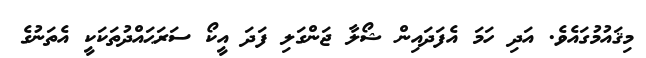
މިޤައުމުގައެވެ. އަދި ހަމަ އެފަދައިން ޝޯލާ ޖަންގަލި ފަދަ އީކޯ ސަރަޙައްދުތަކަކީ އެތަނުގެ